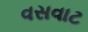
વસવાટ